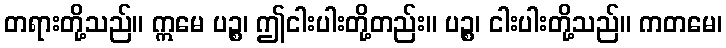
တရားတို့သည်။ ဣမေ ပဉ္စ၊ ဤငါးပါးတို့တည်း။ ပဉ္စ၊ ငါးပါးတို့သည်။ ကတမေ၊